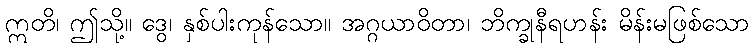
ဣတိ၊ ဤသို့။ ဒွေ၊ နှစ်ပါးကုန်သော။ အဂ္ဂယာဝိတာ၊ ဘိက္ခုနီရဟန်း မိန်းမဖြစ်သော